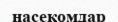
насекомдар